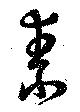
素